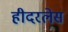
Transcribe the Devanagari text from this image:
हीदरलेस